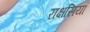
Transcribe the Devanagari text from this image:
राक्षसियां